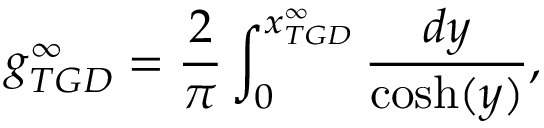
g _ { T G D } ^ { \infty } = \frac { 2 } { \pi } \int _ { 0 } ^ { x _ { T G D } ^ { \infty } } \frac { d y } { \cosh ( y ) } ,